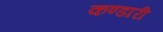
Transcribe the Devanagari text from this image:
कण्डारी